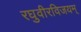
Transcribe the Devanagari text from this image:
रघुवीरविजयम्